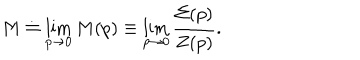
LaTeX: M \doteq \lim _ { p \rightarrow 0 } M ( p ) \equiv \lim _ { p \rightarrow 0 } \frac { \Sigma ( p ) } { Z ( p ) } .